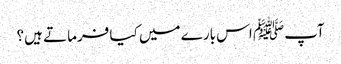
آپﷺ اس بارے میں کیا فرماتے ہیں؟